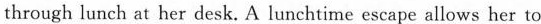
through lunch at her desk. A lunchtime escape allows her to